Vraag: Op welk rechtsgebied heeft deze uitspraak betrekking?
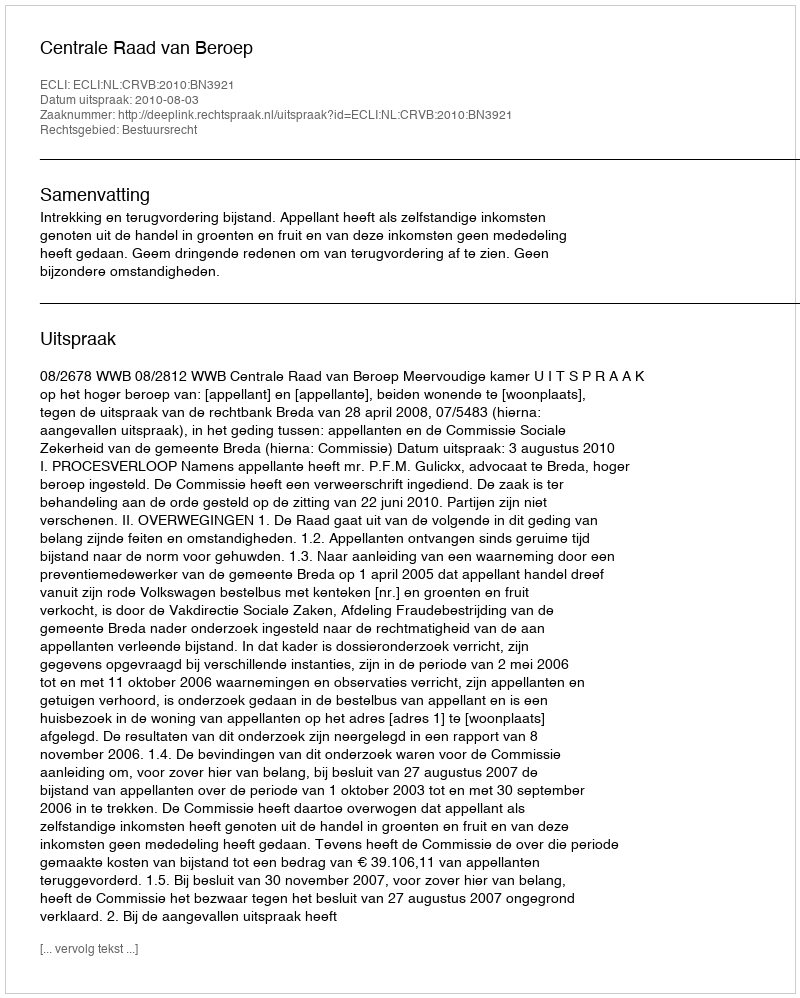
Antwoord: Bestuursrecht